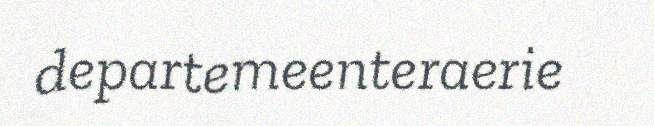
departemeenteraerie